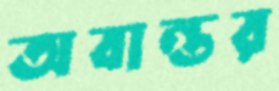
অবান্তর